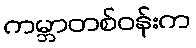
ကမ္ဘာတစ်ဝန်းက